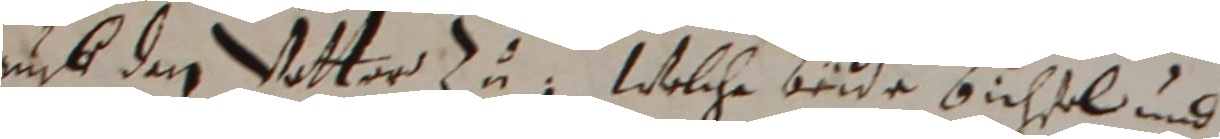
mmb den votter zu. Wolche beide büchsel und